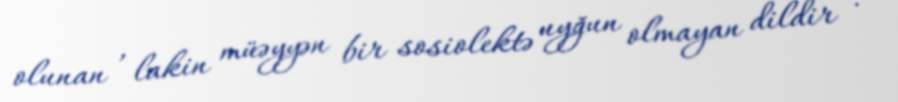
olunan , lakin müəyyən bir sosiolektə uyğun olmayan dildir .